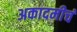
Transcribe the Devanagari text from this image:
अकादमीचं